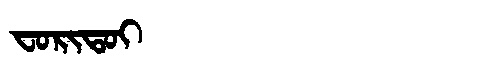
Manchu: ᠸᠣᡵᡳᡨᠣᡳ
Romanization: FORITOI